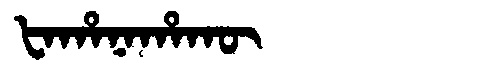
Manchu: ᡶᠠᡥᠠᠨᠠᡥᠠᡴᡡ
Romanization: FAHANAHAKŪ